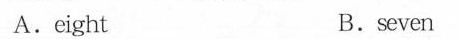
A.eight B.seven